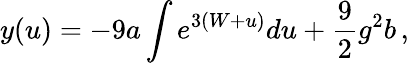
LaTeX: y(u)=-9a\int e^{3(W+u)}du+\frac 92g^{2}b\, ,